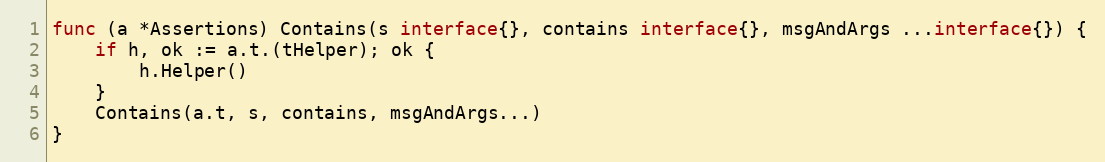
Language: Go
func (a *Assertions) Contains(s interface{}, contains interface{}, msgAndArgs ...interface{}) {
	if h, ok := a.t.(tHelper); ok {
		h.Helper()
	}
	Contains(a.t, s, contains, msgAndArgs...)
}